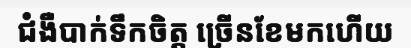
ជំងឺបាក់ទឹកចិត្ត ច្រើនខែមកហើយ